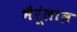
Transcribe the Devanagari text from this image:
भैरूंलाल